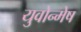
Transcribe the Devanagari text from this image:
युवोन्मेष